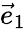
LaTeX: \vec{e}_{1}